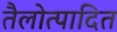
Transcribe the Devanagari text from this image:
तैलोत्पादित